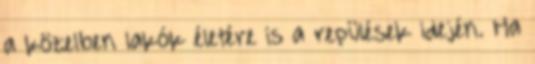
a közelben lakók életére is a repülések idején. Ha